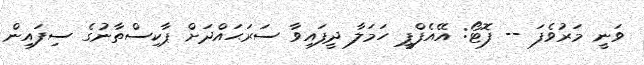
ވަނީ މަރުވެފަ -- ފޮޓޯ: އޭއެފްޕީ ހަމަލާ ދީފައިވާ ސަރަޙައްދަށް ޕާކިސްތާނުގެ ސިފައިން